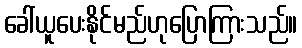
ခေါ်ယူပေးနိုင်မည်ဟုပြောကြားသည်။